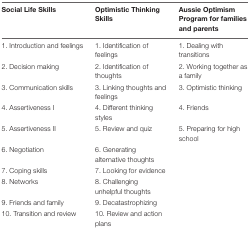
<table><thead><tr><td><b>Social Life Skills</b></td><td><b>Optimistic Thinking Skills</b></td><td><b>Aussie Optimism Program for families and parents</b></td></tr></thead><tbody><tr><td>1. Introduction and feelings</td><td>1. Identification of feelings</td><td>1. Dealing with transitions</td></tr><tr><td>2. Decision making</td><td>2. Identification of thoughts</td><td>2. Working together as a family</td></tr><tr><td>3. Communication skills</td><td>3. Linking thoughts and feelings</td><td>3. Optimistic thinking</td></tr><tr><td>4. Assertiveness I</td><td>4. Different thinking styles</td><td>4. Friends</td></tr><tr><td>5. Assertiveness II</td><td>5. Review and quiz</td><td>5. Preparing for high school</td></tr><tr><td>6. Negotiation</td><td>6. Generating alternative thoughts</td><td></td></tr><tr><td>7. Coping skills</td><td>7. Looking for evidence</td><td></td></tr><tr><td>8. Networks</td><td>8. Challenging unhelpful thoughts</td><td></td></tr><tr><td>9. Friends and family</td><td>9. Decatastrophizing</td><td></td></tr><tr><td>10. Transition and review</td><td>10. Review and action plans</td><td></td></tr></tbody></table>